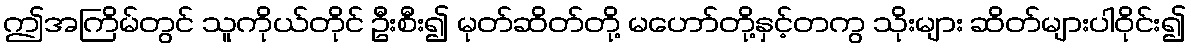
ဤအကြိမ်တွင် သူကိုယ်တိုင် ဦးစီး၍ မုတ်ဆိတ်တို့ မဟော်တို့နှင့်တကွ သိုးများ ဆိတ်များပါဝိုင်း၍